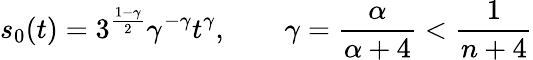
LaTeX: s_{0}(t)=3^{\frac{1-\gamma}{2}}\gamma^{-\gamma}t^{\gamma},\qquad\gamma=\frac{\alpha}{\alpha+4}<\frac{1}{n+4}